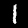
Label: 1